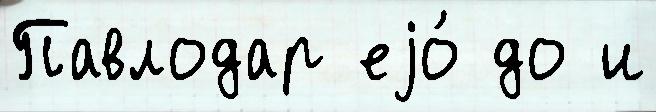
Павлодар еjо́ до и